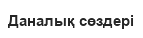
Даналық сөздері